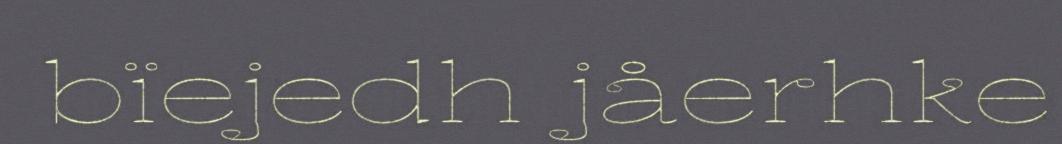
bïejedh jåerhke